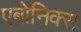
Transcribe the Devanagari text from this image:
एबोनिक्स